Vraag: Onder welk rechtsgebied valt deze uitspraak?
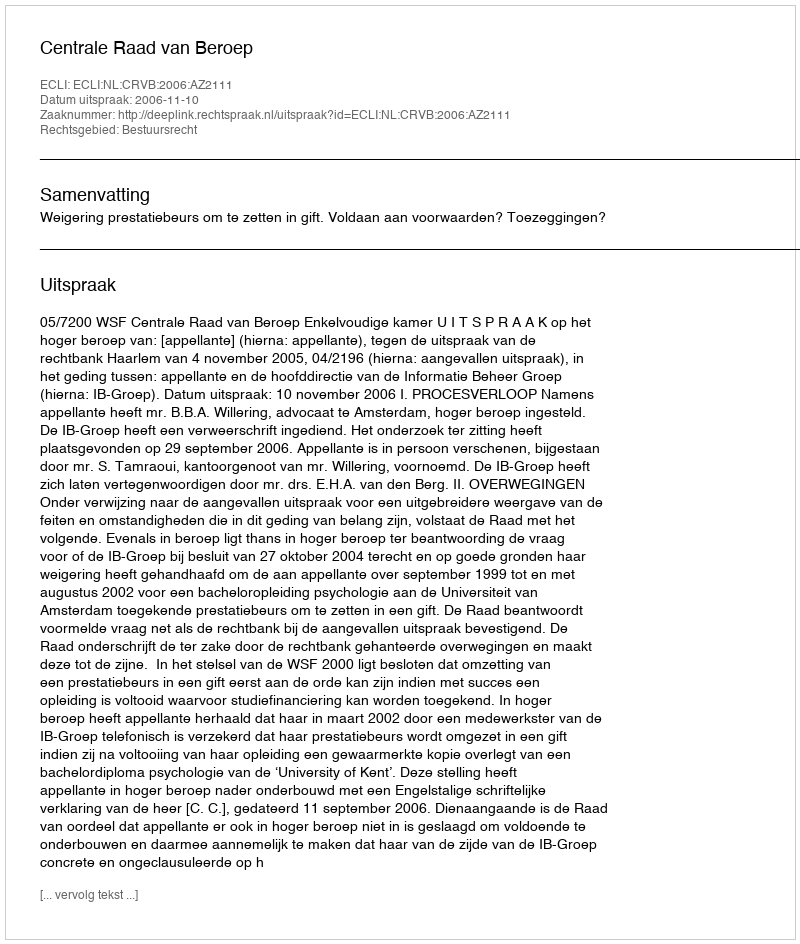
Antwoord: Bestuursrecht